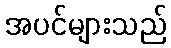
အပင်များသည်